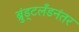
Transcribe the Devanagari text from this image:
ब्रुंड्टलँडनंतर